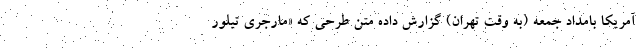
آمریکا بامداد جمعه (به وقت تهران) گزارش داده متن طرحی که «مارجری تیلور